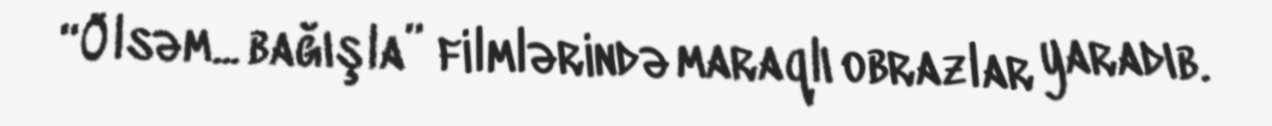
“Ölsəm... bağışla” filmlərində maraqlı obrazlar yaradıb.